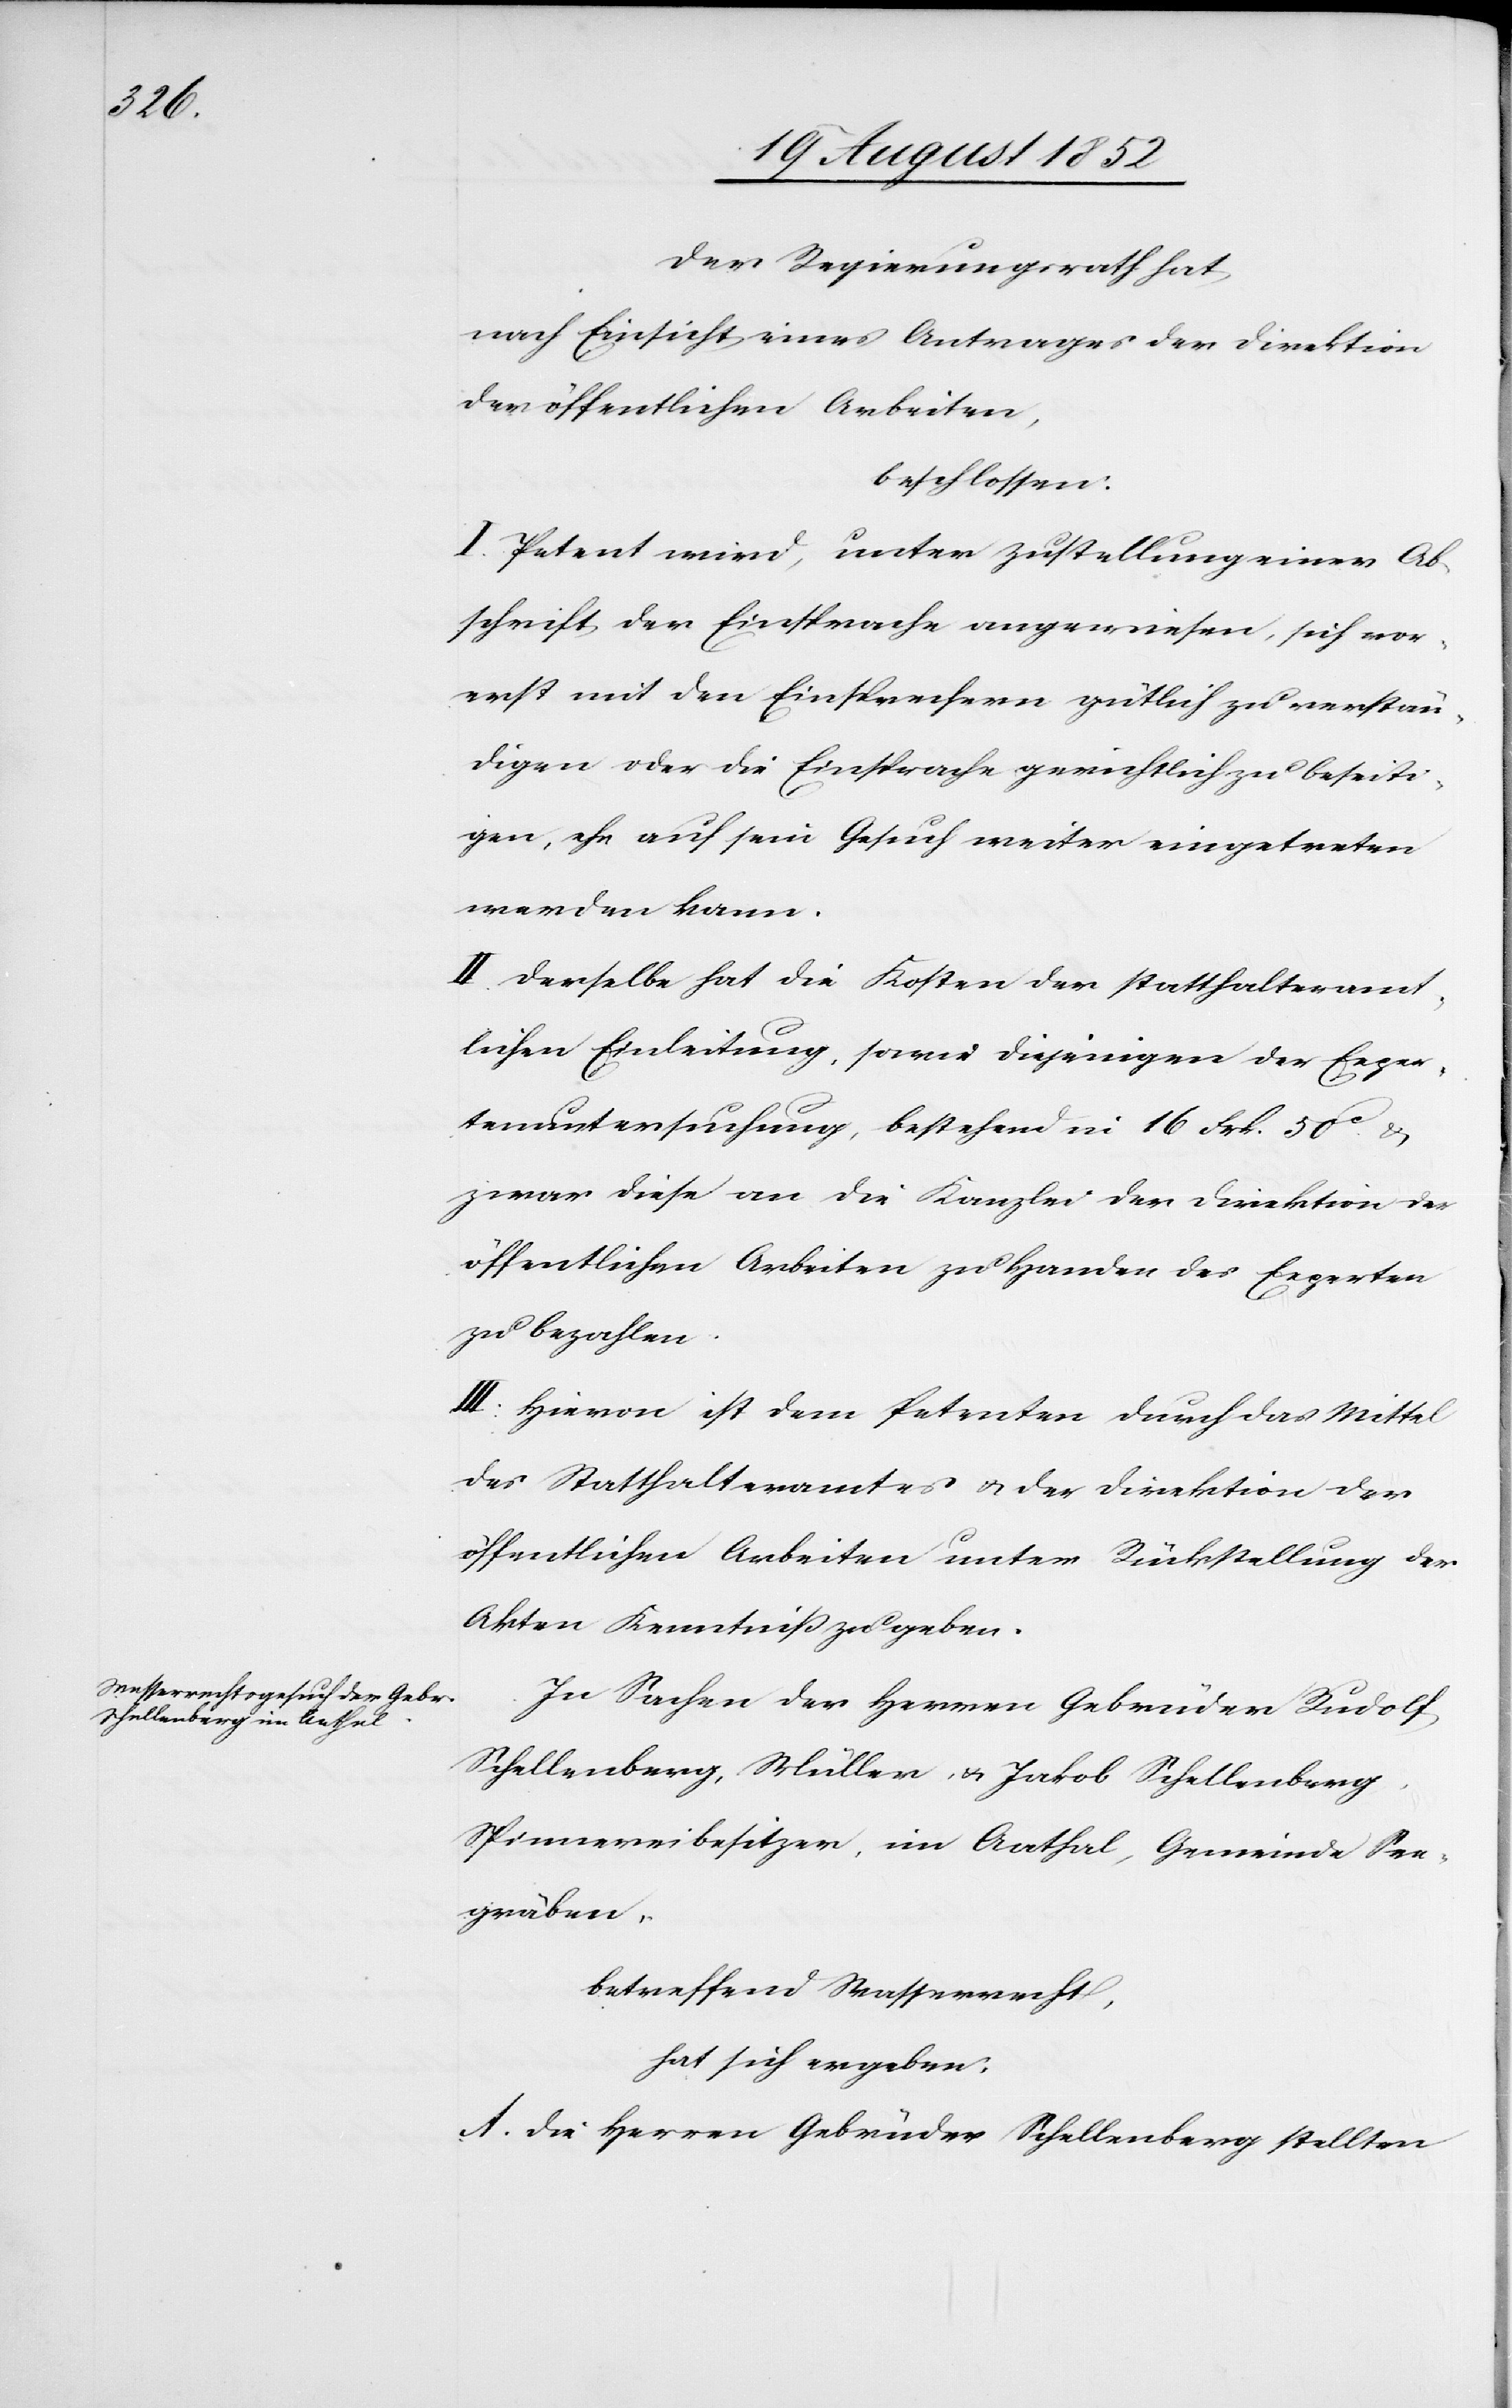
Der Regierungsrath hat
nach Einsicht eines Antrages der Direktion
der öffentlichen Arbeiten,
beschlossen:
I. Petent wird, unter Zustellung einer Ab¬
schrift der Einsprache angewiesen, sich vor¬
erst mit den Einsprechern gütlich zu verstän¬
digen oder die Einsprache gerichtlich zu beseiti¬
gen, ehe auf sein Gesuch weiter eingetreten
werden kann.
II. Derselbe hat die Kosten der statthalteramt¬
lichen Einleitung, sowie diejenigen der Exper¬
tenuntersuchung, bestehend in 16 Frk. 50c. &
zwar diese an die Kanzlei der Direktion der
öffentlichen Arbeiten zu Handen des Experten
zu bezahlen.
III. Hievon ist dem Petenten durch das Mittel
des Statthalteramtes & der Direktion der
öffentlichen Arbeiten unter Rückstellung der
Akten Kenntniß zu geben.
In Sachen der Herren Gebrüder Rudolf
Schellenberg, Müller, & Jakob Schellenberg,
Spinnereibesitzer, im Aathal, Gemeinde See¬
gräben,
betreffend Wasserrecht,
hat sich ergeben:
A. Die Herren Gebrüder Schellenberg stellten